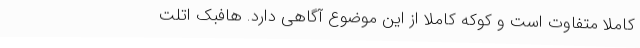
کاملا متفاوت است و کوکه کاملا از این موضوع آگاهی دارد. هافبک اتلت